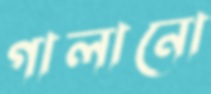
গালানো